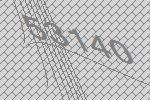
53140